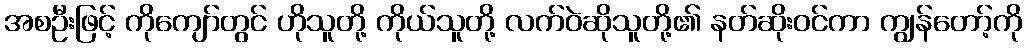
အစဦးဖြင့် ကိုကျော်တွင် ဟိုသူတို့ ကိုယ်သူတို့ လက်ဝဲဆိုသူတို့၏ နတ်ဆိုးဝင်ကာ ကျွန်တော့်ကို